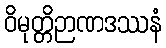
ဝိမုတ္တိဉာဏဒဿနံ